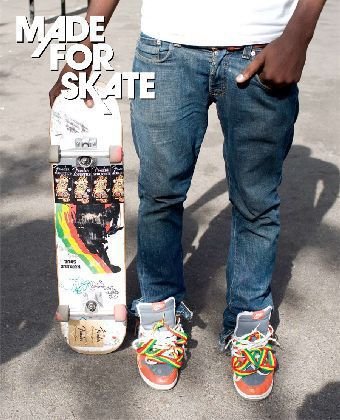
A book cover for Made for Skate: The Illustrated History of Skateboard Footwear; Jurgen Blumlein; Sports & Outdoors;